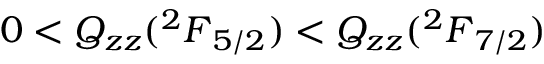
0 < Q _ { z z } ( { ^ 2 F } _ { 5 / 2 } ) < Q _ { z z } ( { ^ 2 F } _ { 7 / 2 } )